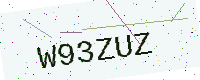
Text: W93ZUZ